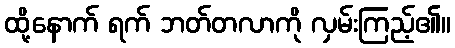
ထို့နောက် ရက် ဘတ်တလာကို လှမ်းကြည့်၏။